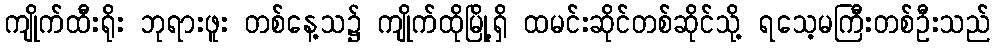
ကျိုက်ထီးရိုး ဘုရားဖူး တစ်နေ့သ၌ ကျိုက်ထိုမြို့ရှိ ထမင်းဆိုင်တစ်ဆိုင်သို့ ရသေ့မကြီးတစ်ဦးသည်